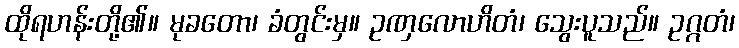
ထိုရဟန်းတို့၏။ မုခတော၊ ခံတွင်းမှ။ ဥဏှလောဟိတံ၊ သွေးပူသည်။ ဥဂ္ဂတံ၊